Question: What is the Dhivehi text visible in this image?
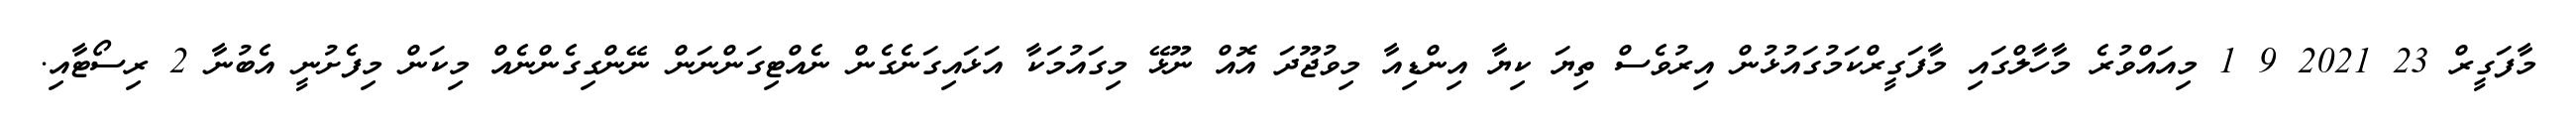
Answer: މާފަގީރް 23 2021 9 1 މިއައްވުރެ މާހާލްގައި މާފަގީރްކަމުގައުޅުން އިރުވެސް ތިޔަ ކިޔާ އިންޑިއާ މިވުޖޫދަ އޮއް ނޫޅޭ މިގައުމަކާ އަޅައިގަނެގެން ނެއްޓިގަންނަން ނޭންގިގެންނެއް މިކަން މިފެށުނީ އެބުނާ 2 ރިސޯޓާއި.